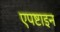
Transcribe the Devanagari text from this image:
एपष्टाइन